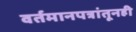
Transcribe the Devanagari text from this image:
वर्तमानपत्रांतूनही